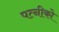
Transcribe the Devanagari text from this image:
पत्नीको